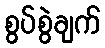
စွပ်စွဲချက်